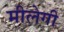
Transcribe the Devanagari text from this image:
मीलेगी